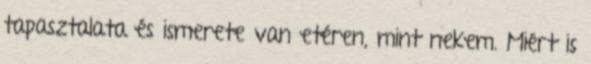
tapasztalata és ismerete van etéren, mint nekem. Miért is